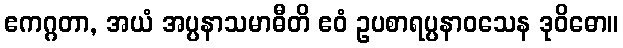
ဧကဂ္ဂတာ, အယံ အပ္ပနာသမာဓီတိ ဧဝံ ဥပစာရပ္ပနာဝသေန ဒုဝိဓော။